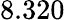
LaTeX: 8.320